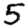
Digit: 5